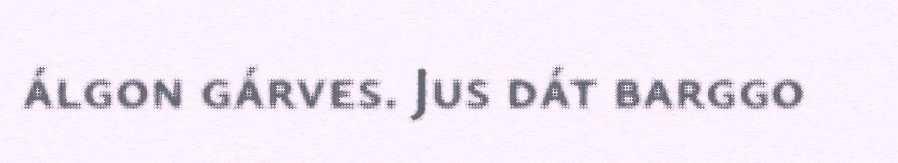
álgon gárves. Jus dát barggo